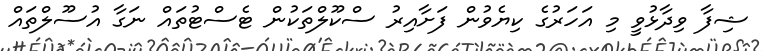
ޝިފާ ވިދާޅުވީ މި އަހަރުގެ ކިޔެވުން ފަށާއިރު ސްކޫލްތަކުން ޓެސްޓުތައް ނަގާ އުސޫލްތައް